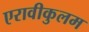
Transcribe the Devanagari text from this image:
एरावीकुलम